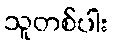
သူတစ်ပါး